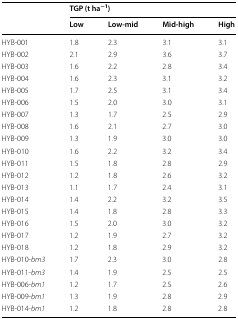
<table><thead><tr><td rowspan="2"></td><td colspan="4"><b>TGP (t ha<sup>−1</sup>)</b></td></tr><tr><td><b>Low</b></td><td><b>Low-mid</b></td><td><b>Mid-high</b></td><td><b>High</b></td></tr></thead><tbody><tr><td>HYB-001</td><td>1.8</td><td>2.3</td><td>3.1</td><td>3.1</td></tr><tr><td>HYB-002</td><td>2.1</td><td>2.9</td><td>3.6</td><td>3.7</td></tr><tr><td>HYB-003</td><td>1.6</td><td>2.2</td><td>2.8</td><td>3.4</td></tr><tr><td>HYB-004</td><td>1.6</td><td>2.3</td><td>3.1</td><td>3.2</td></tr><tr><td>HYB-005</td><td>1.7</td><td>2.5</td><td>3.1</td><td>3.4</td></tr><tr><td>HYB-006</td><td>1.5</td><td>2.0</td><td>3.0</td><td>3.1</td></tr><tr><td>HYB-007</td><td>1.3</td><td>1.7</td><td>2.5</td><td>2.9</td></tr><tr><td>HYB-008</td><td>1.6</td><td>2.1</td><td>2.7</td><td>3.0</td></tr><tr><td>HYB-009</td><td>1.3</td><td>1.9</td><td>3.0</td><td>3.0</td></tr><tr><td>HYB-010</td><td>1.6</td><td>2.2</td><td>3.2</td><td>3.4</td></tr><tr><td>HYB-011</td><td>1.5</td><td>1.8</td><td>2.8</td><td>2.9</td></tr><tr><td>HYB-012</td><td>1.2</td><td>1.8</td><td>2.6</td><td>3.2</td></tr><tr><td>HYB-013</td><td>1.1</td><td>1.7</td><td>2.4</td><td>3.1</td></tr><tr><td>HYB-014</td><td>1.4</td><td>2.2</td><td>3.2</td><td>3.5</td></tr><tr><td>HYB-015</td><td>1.4</td><td>1.8</td><td>2.8</td><td>3.3</td></tr><tr><td>HYB-016</td><td>1.5</td><td>2.0</td><td>3.0</td><td>3.2</td></tr><tr><td>HYB-017</td><td>1.2</td><td>1.9</td><td>2.7</td><td>3.2</td></tr><tr><td>HYB-018</td><td>1.2</td><td>1.8</td><td>2.9</td><td>3.2</td></tr><tr><td>HYB-010-<i>bm3</i></td><td>1.7</td><td>2.3</td><td>3.0</td><td>2.8</td></tr><tr><td>HYB-011-<i>bm3</i></td><td>1.4</td><td>1.9</td><td>2.5</td><td>2.5</td></tr><tr><td>HYB-006-<i>bm1</i></td><td>1.2</td><td>1.7</td><td>2.5</td><td>2.6</td></tr><tr><td>HYB-009-<i>bm1</i></td><td>1.3</td><td>1.9</td><td>2.8</td><td>2.9</td></tr><tr><td>HYB-014-<i>bm1</i></td><td>1.2</td><td>1.8</td><td>2.8</td><td>2.8</td></tr></tbody></table>